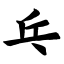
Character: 乓